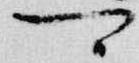
可